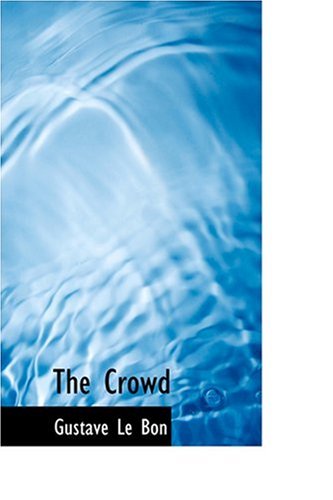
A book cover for The Crowd; Gustave Lebon; Medical Books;